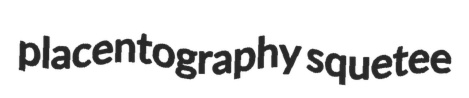
placentography squetee